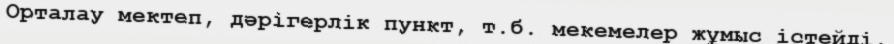
Орталау мектеп, дәрігерлік пункт, т.б. мекемелер жұмыс істейді.